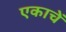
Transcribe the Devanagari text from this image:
एकाचें